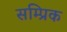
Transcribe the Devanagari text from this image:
सम्प्रिक